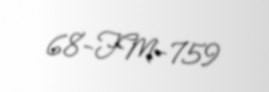
68-FM-759